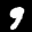
Label: 9